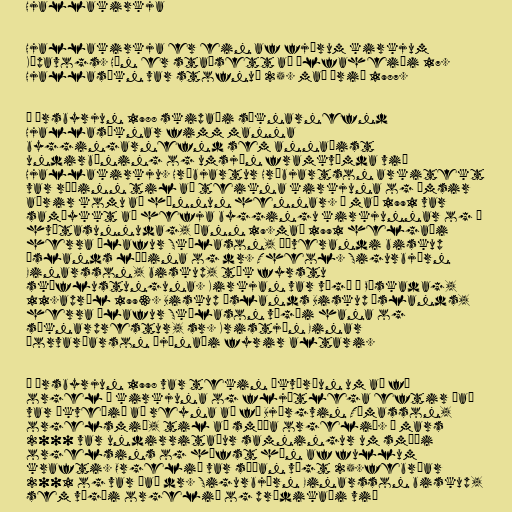
Hjallakirkja

Hjallakirkja er ein af fjórum kirkjum
Kópavogs. Hún er staðsett að Álfaheiði 17.
Hjallasókn var stofnuð 25. maí árið 1987.

Í ársbyrjun 1988 skipaði sóknarnefnd
Hjallasóknar fimm manna
byggingarnefnd sem annaðist
undirbúning og umsjón framkvæmda við
Hjallakirkju. Hróbjartur Hróbjartson arkitekt
var ráðinn til að teikna kirkjuna og ýmsir
aðrir komu að hönnun hennar. Í maí 1991 var
samþykkt að hefja byggingu kirkjunnar og á
hvítasunnudag, þann 19.maí 1991 helgaði
herra Ólafur Skúlason, þáverandi biskup
Íslands lóðina og dr. Theol. Sigurbjörn
Einarsson, biskup, tók fyrstu
skóflustunguna. Kirkjan var vígð á Páskadag,
11.apríl 1993. Biskup Íslands Biskup Íslands,
herra Ólafur Skúlason vígði hana og
sóknarprestur, sr. Kristján Einar
Þorvarðarson þjónaði fyrir altari.

Í ársbyrjun 1998 var tekin ákvörðun um að fá
orgel í kirkjuna og fljótlega eftir það
var ákveðið að reyna að fá Björgvin Tómasson,
orgelsmið, til að smíða orgelið. Í mars
2000 var undirritaður samningur um smíði
orgelsins og hófst hún af fullum
krafti. Orgelið var síðan vígt 25.febrúar
2001 og var það dr. Sigurbjörn Einarsson biskup,
sem vígði orgelið og prédikaði við